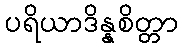
ပရိယာဒိန္နစိတ္တာ